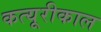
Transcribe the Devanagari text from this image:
कत्यूरीकाल